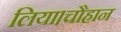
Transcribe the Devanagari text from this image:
लिया।चौहान